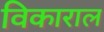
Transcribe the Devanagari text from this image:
विकाराल